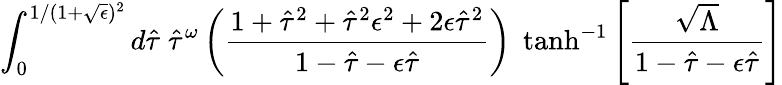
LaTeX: \int_{0}^{1/(1+\sqrt{\epsilon})^{2}}d\hat{\tau}\; \hat{\tau}^{\omega}\left(\frac{1+\hat{\tau}^{2}+\hat{\tau}^{2}\epsilon^{2}+2\epsilon\hat{\tau}^{2}}{1-\hat{\tau}-\epsilon\hat{\tau}}\right)\; \operatorname{tanh}^{-1}\left[\frac{\sqrt{\Lambda}}{1-\hat{\tau}-\epsilon\hat{\tau}}\right]